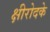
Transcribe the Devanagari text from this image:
क्षीरोदके